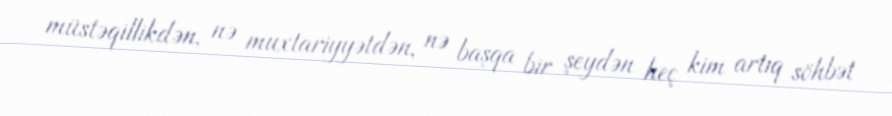
müstəqillikdən, nə muxtariyyətdən, nə başqa bir şeydən heç kim artıq söhbət